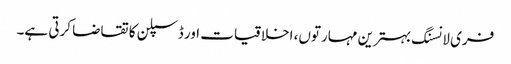
فری لانسنگ بہترین مہارتوں، اخلاقیات اور ڈسپلن کا تقاضا کرتی ہے۔